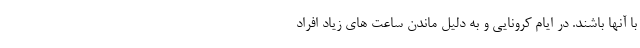
با آنها باشند. در ایام کرونایی و به دلیل ماندن ساعت های زیاد افراد